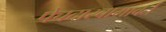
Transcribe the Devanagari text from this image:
पेचदारवामावर्त